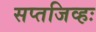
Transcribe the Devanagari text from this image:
सप्तजिव्हः